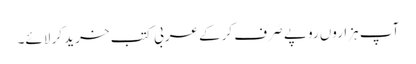
آپ ہزاروں روپے صَرف کرکے عربی کتب خرید کر لائے۔